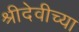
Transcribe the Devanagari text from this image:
श्रीदेवीच्या